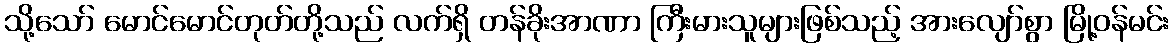
သို့သော် မောင်မောင်တုတ်တို့သည် လက်ရှိ တန်ခိုးအာဏာ ကြီးမားသူများဖြစ်သည့် အားလျော်စွာ မြို့ဝန်မင်း